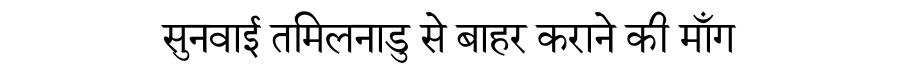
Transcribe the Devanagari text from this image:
सुनवाई तमिलनाडु से बाहर कराने की माँग